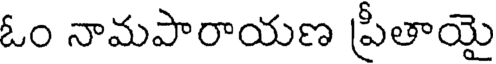
ఓం నామపారాయణ ప్రీతాయై